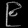
Digit: ၉